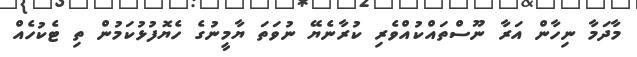
މާދަމާ ނިހާން އަރާ ނޫސްތައްކުއްވެރި ކުރާނެޔޭ ނުވަތަ ޔާމީނުގެ ހެޔޮފުޅުކަމުން ތި ޓެކުހެއް